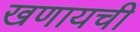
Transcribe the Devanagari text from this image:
खणायची